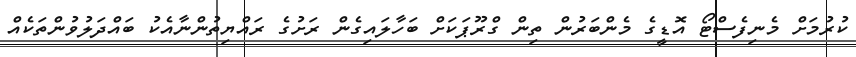
ކުރުމަށް މެނިފެސްޓޯ އޮޑީގެ މެންބަރުން ތިން ގްރޫޕަކަށް ބަހާލައިގެން ރަށުގެ ރައްޔިތުންނާއެކު ބައްދަލުވުންތަކެއް